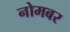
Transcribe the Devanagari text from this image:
नोमबर